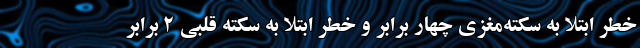
خطر ابتلا به سکته‌مغزی چهار برابر و خطر ابتلا به سکته قلبی ۲ برابر